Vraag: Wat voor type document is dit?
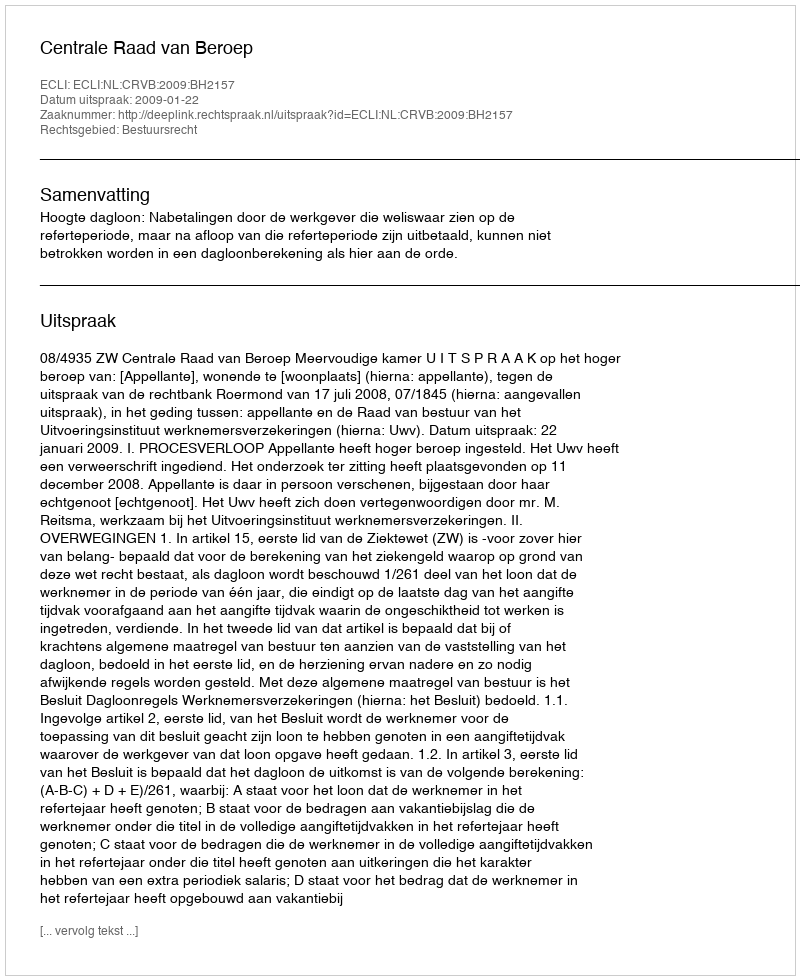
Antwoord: Uitspraak